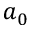
a _ { 0 }